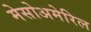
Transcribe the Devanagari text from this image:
मेसोअमेरिल